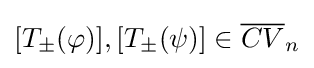
[T_{\pm }(\varphi )],[T_{\pm }(\psi )]\in {\overline {CV}}_{n}